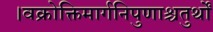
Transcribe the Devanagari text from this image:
।वक्रोक्तिमार्गनिपुणाश्चतुर्थों